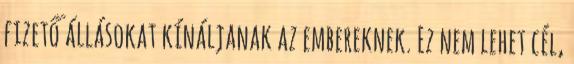
fizető állásokat kínáljanak az embereknek. Ez nem lehet cél,